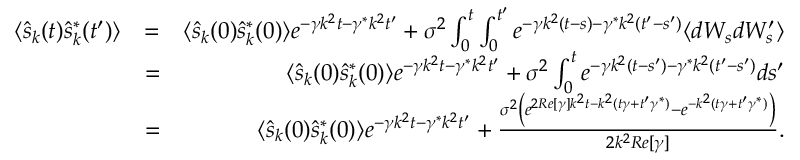
\begin{array} { r l r } { \langle \hat { s } _ { k } ( t ) \hat { s } _ { k } ^ { * } ( t ^ { \prime } ) \rangle } & { = } & { \langle \hat { s } _ { k } ( 0 ) \hat { s } _ { k } ^ { * } ( 0 ) \rangle e ^ { - \gamma k ^ { 2 } t - \gamma ^ { * } k ^ { 2 } t ^ { \prime } } + \sigma ^ { 2 } \int _ { 0 } ^ { t } \int _ { 0 } ^ { t ^ { \prime } } e ^ { - \gamma k ^ { 2 } ( t - s ) - \gamma ^ { * } k ^ { 2 } ( t ^ { \prime } - s ^ { \prime } ) } \langle d W _ { s } d W _ { s } ^ { \prime } \rangle } \\ & { = } & { \langle \hat { s } _ { k } ( 0 ) \hat { s } _ { k } ^ { * } ( 0 ) \rangle e ^ { - \gamma k ^ { 2 } t - \gamma ^ { * } k ^ { 2 } t ^ { \prime } } + \sigma ^ { 2 } \int _ { 0 } ^ { t } e ^ { - \gamma k ^ { 2 } ( t - s ^ { \prime } ) - \gamma ^ { * } k ^ { 2 } ( t ^ { \prime } - s ^ { \prime } ) } d s ^ { \prime } } \\ & { = } & { \langle \hat { s } _ { k } ( 0 ) \hat { s } _ { k } ^ { * } ( 0 ) \rangle e ^ { - \gamma k ^ { 2 } t - \gamma ^ { * } k ^ { 2 } t ^ { \prime } } + \frac { \sigma ^ { 2 } \left( e ^ { 2 R e [ \gamma ] k ^ { 2 } t - k ^ { 2 } ( t \gamma + t ^ { \prime } \gamma ^ { * } ) } - e ^ { - k ^ { 2 } ( t \gamma + t ^ { \prime } \gamma ^ { * } ) } \right) } { 2 k ^ { 2 } R e [ \gamma ] } . } \end{array}